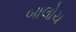
બાલોચ